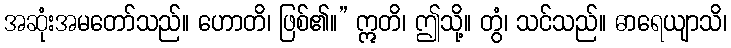
အဆုံးအမတော်သည်။ ဟောတိ၊ ဖြစ်၏။” ဣတိ၊ ဤသို့။ တွံ၊ သင်သည်။ ဓာရေယျာသိ၊